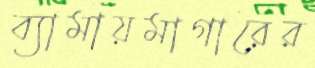
ব্যামায়মাগারের